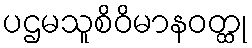
ပဌမသူစိဝိမာနဝတ္ထု